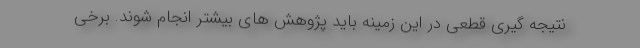
نتیجه گیری قطعی در این زمینه باید پژوهش های بیشتر انجام شوند. برخی